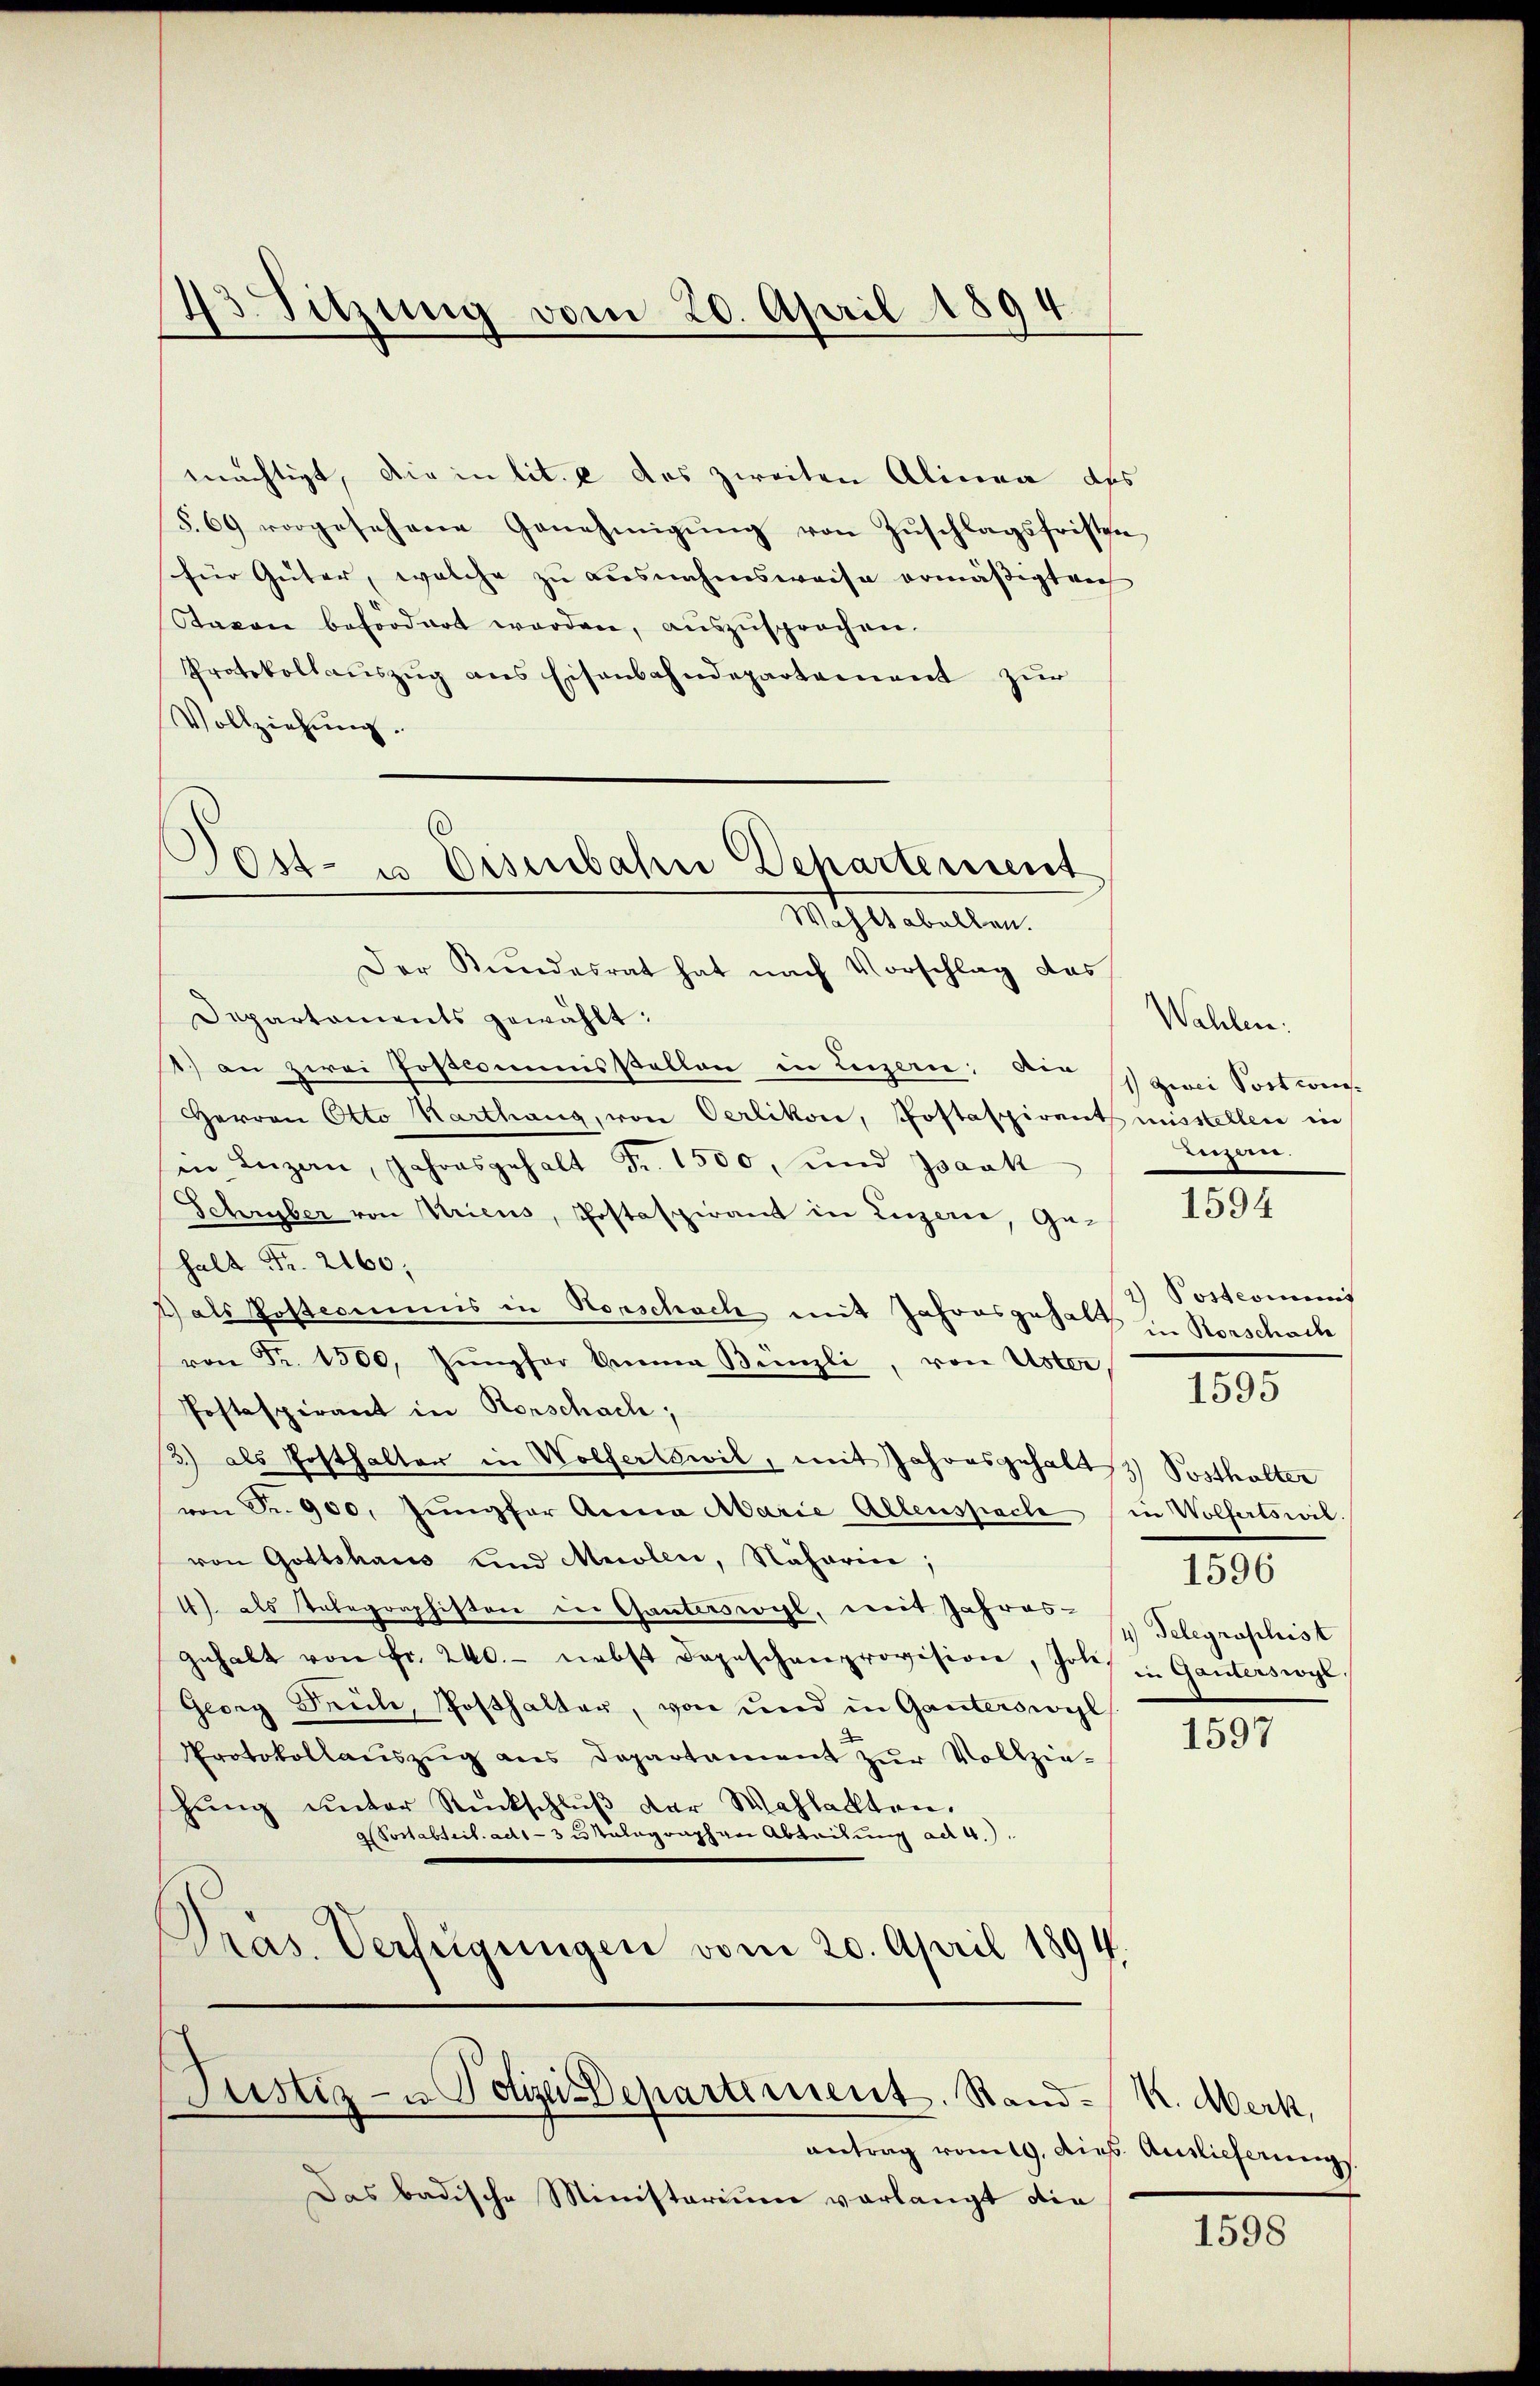
43. Sitzung vom 20. April 1894.

Post- u. Eisenbahn Departement
Mittelalten.

mächtigt, die in lit. e das zweiten Alinea des
§.69 vorgesehene Genehmigŭng von Zŭschlagsfristen
für Güter, welche zu ausnahmsweise ermäßigt wer
Saxon befordert werden, aŭszŭsprochen.
Protokollauszug aus Eisenbahndepartement zur
Vollziehung.
Der Kundesrat hat nach Vorschlag das
Departements gewählt:
1) an zwei Postcommisstellen in Luzern: der zwei Postwei¬
Herren Otto Karthang, von Oerlikon, Postaspirants misstellen in
in Luzern, Jahresgehalt Fr. 1500, und Isaak
Schryber von Uricus, Postaspirant in Luzerer, Ge-
halt Fr. 2160;
2 als Postcommis in Rorschach mit Jahresgehalt in Rorschach
von Fr. 1300. Jŭngfer Anna Bünzli, von Uster
Postaspirant in Rorschach;
3) als Posthalter in Wolfertswil, mit Jahresgehalt Posthalter
von Fr. 900. Jŭngfer Anna Marie Allenspach
von Gottshaus und Meolen, Naharin,
4) als Telegraphiston in Ganterswyl, mit Jahres¬
Gehalt von fr. 240.- nebst Depeschenprovision, Joli¬
Georg Reihe, Posthalter, von und in Ganterswyl
Protokollaŭszŭg ans Departament zŭr Vollzie-
hung unter Rückschlŭβ der Wahlachten.
Postabteil. ad 1-3 malagraphen Abteilung ad 4.)
Präs. Verfügungen vom 20. April 1894.

Justiz- u Polizei-Departement. Stand-

antrag vom 19. dies Auslieferungs
Das badische Ministerium vorlangt die

Wahlen.
Luzern.
1594
2) Postcommis
1595

in Wolferswil
4) Telegraphist
in Ganterswyl,

1596

1597

K. Merk,

1598